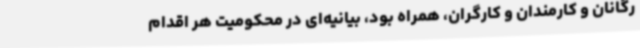
رگانان و کارمندان و کارگران، همراه بود، بیانیه‌ای در محکومیت هر اقدام